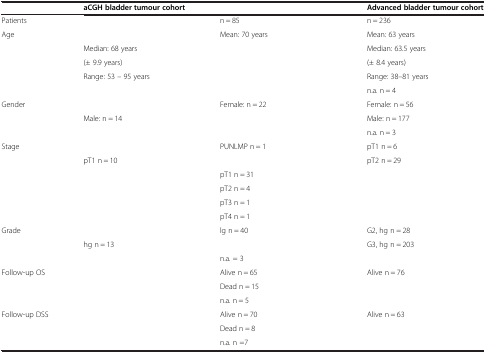
<table><thead><tr><td>[EMPTY_CELL]</td><td><b>aCGH bladder tumour cohort</b></td><td>[EMPTY_CELL]</td><td><b>Advanced bladder tumour cohort</b></td></tr></thead><tbody><tr><td>Patients</td><td>[EMPTY_CELL]</td><td>n = 85</td><td>n = 236</td></tr><tr><td rowspan="5">Age</td><td>[EMPTY_CELL]</td><td>Mean: 70 years</td><td>Mean: 63 years</td></tr><tr><td>Median: 68 years</td><td>[EMPTY_CELL]</td><td>Median: 63.5 years</td></tr><tr><td>(± 9.9 years)</td><td>[EMPTY_CELL]</td><td>(± 8.4 years)</td></tr><tr><td rowspan="2">Range: 53 – 95 years</td><td rowspan="2">[EMPTY_CELL]</td><td>Range: 38–81 years</td></tr><tr><td>n.a. n = 4</td></tr><tr><td rowspan="3">Gender</td><td>[EMPTY_CELL]</td><td>Female: n = 22</td><td>Female: n = 56</td></tr><tr><td rowspan="2">Male: n = 14</td><td rowspan="2">[EMPTY_CELL]</td><td>Male: n = 177</td></tr><tr><td>n.a. n = 3</td></tr><tr><td rowspan="6">Stage</td><td>[EMPTY_CELL]</td><td>PUNLMP n = 1</td><td>pT1 n = 6</td></tr><tr><td rowspan="5">pT1 n = 10</td><td>[EMPTY_CELL]</td><td>pT2 n = 29</td></tr><tr><td>pT1 n = 31</td><td>[EMPTY_CELL]</td></tr><tr><td>pT2 n = 4</td><td>[EMPTY_CELL]</td></tr><tr><td>pT3 n = 1</td><td rowspan="2">[EMPTY_CELL]</td></tr><tr><td>pT4 n = 1</td></tr><tr><td rowspan="3">Grade</td><td>[EMPTY_CELL]</td><td>lg n = 40</td><td>G2, hg n = 28</td></tr><tr><td rowspan="2">hg n = 13</td><td>[EMPTY_CELL]</td><td>G3, hg n = 203</td></tr><tr><td>n.a. = 3</td><td>[EMPTY_CELL]</td></tr><tr><td rowspan="3">Follow-up OS</td><td rowspan="3">[EMPTY_CELL]</td><td>Alive n = 65</td><td>Alive n = 76</td></tr><tr><td>Dead n = 15</td><td rowspan="2">[EMPTY_CELL]</td></tr><tr><td>n.a. n = 5</td></tr><tr><td rowspan="2">Follow-up DSS</td><td rowspan="2">[EMPTY_CELL]</td><td>Alive n = 70</td><td>Alive n = 63</td></tr><tr><td>Dead n = 8</td><td>[EMPTY_CELL]</td></tr><tr><td>[EMPTY_CELL]</td><td>[EMPTY_CELL]</td><td>n.a. n =7</td><td>[EMPTY_CELL]</td></tr></tbody></table>